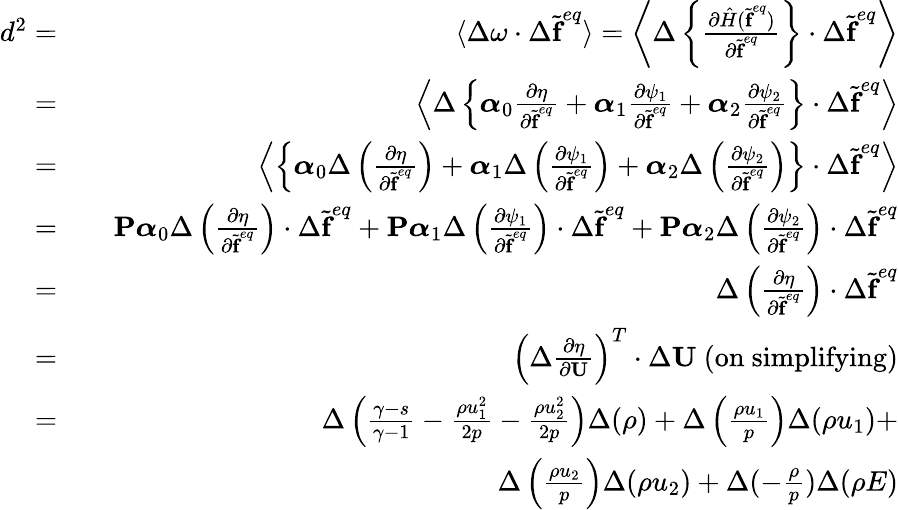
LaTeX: \begin{array}{rlr}{d^{2}=}&{}&{\langle\Delta\omega\cdot\Delta\widetilde{\textbf{f}}^{eq}\rangle=\left\langle\Delta\left\{ \frac{\partial\hat{H}(\widetilde{\textbf{f}}^{eq})}{\partial\widetilde{\textbf{f}}^{eq}}\right\} \cdot\Delta\widetilde{\textbf{f}}^{eq}\right\rangle}\\ {=}&{}&{\left\langle\Delta\left\{ \boldsymbol{\alpha}_{0}\frac{\partial\eta}{\partial\widetilde{\textbf{f}}^{eq}}+\boldsymbol{\alpha}_{1}\frac{\partial\psi_{1}}{\partial\widetilde{\textbf{f}}^{eq}}+\boldsymbol{\alpha}_{2}\frac{\partial\psi_{2}}{\partial\widetilde{\textbf{f}}^{eq}}\right\} \cdot\Delta\widetilde{\textbf{f}}^{eq}\right\rangle}\\ {=}&{}&{\left\langle\left\{ \boldsymbol{\alpha}_{0}\Delta\left(\frac{\partial\eta}{\partial\widetilde{\textbf{f}}^{eq}}\right)+\boldsymbol{\alpha}_{1}\Delta\left(\frac{\partial\psi_{1}}{\partial\widetilde{\textbf{f}}^{eq}}\right)+\boldsymbol{\alpha}_{2}\Delta\left(\frac{\partial\psi_{2}}{\partial\widetilde{\textbf{f}}^{eq}}\right)\right\} \cdot\Delta\widetilde{\textbf{f}}^{eq}\right\rangle}\\ {=}&{}&{\textbf{P}\boldsymbol{\alpha}_{0}\Delta\left(\frac{\partial\eta}{\partial\widetilde{\textbf{f}}^{eq}}\right)\cdot\Delta\widetilde{\textbf{f}}^{eq}+\textbf{P}\boldsymbol{\alpha}_{1}\Delta\left(\frac{\partial\psi_{1}}{\partial\widetilde{\textbf{f}}^{eq}}\right)\cdot\Delta\widetilde{\textbf{f}}^{eq}+\textbf{P}\boldsymbol{\alpha}_{2}\Delta\left(\frac{\partial\psi_{2}}{\partial\widetilde{\textbf{f}}^{eq}}\right)\cdot\Delta\widetilde{\textbf{f}}^{eq}}\\ {=}&{}&{\Delta\left(\frac{\partial\eta}{\partial\widetilde{\textbf{f}}^{eq}}\right)\cdot\Delta\widetilde{\textbf{f}}^{eq}}\\ {=}&{}&{\left(\Delta\frac{\partial\eta}{\partial\textbf{U}}\right)^{T}\cdot\Delta\textbf{U}\mathrm{~(on~simplifying)}}\\ {=}&{}&{\Delta\left(\frac{\gamma-s}{\gamma-1}-\frac{\rho u_{1}^{2}}{2p}-\frac{\rho u_{2}^{2}}{2p}\right)\Delta(\rho)+\Delta\left(\frac{\rho u_{1}}{p}\right)\Delta(\rho u_{1})+}\\ &{}&{\Delta\left(\frac{\rho u_{2}}{p}\right)\Delta(\rho u_{2})+\Delta(-\frac{\rho}{p})\Delta(\rho E)}\end{array}